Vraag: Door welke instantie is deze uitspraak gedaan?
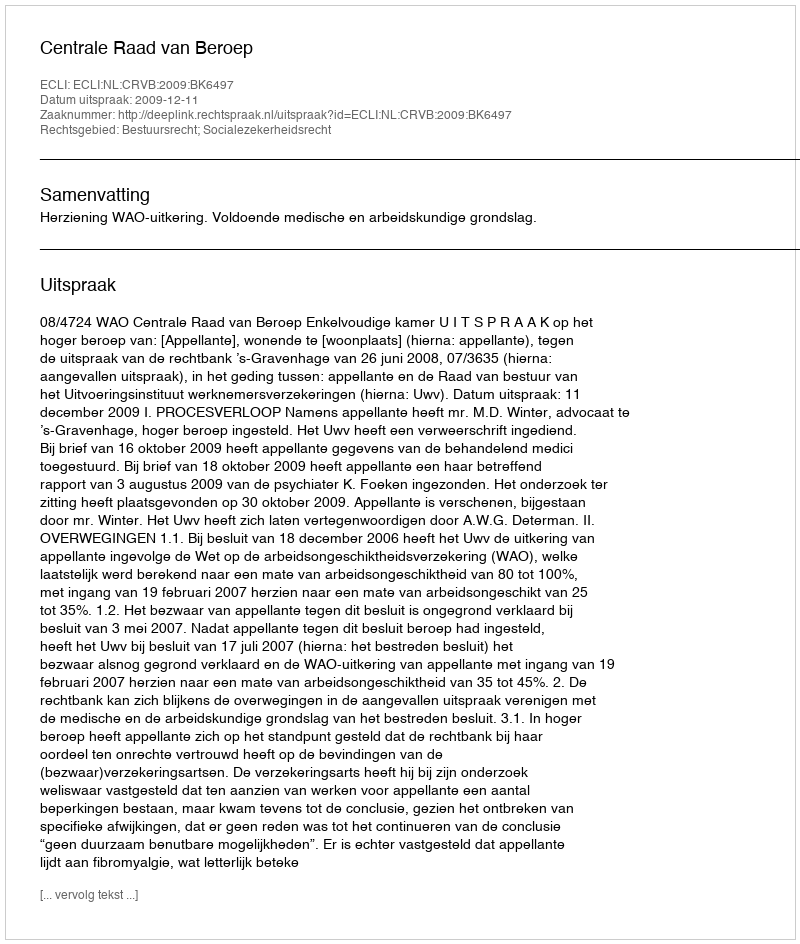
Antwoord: Centrale Raad van Beroep